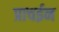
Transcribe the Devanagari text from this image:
प्राचईन